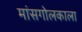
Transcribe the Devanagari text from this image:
मांसगोलकाला